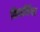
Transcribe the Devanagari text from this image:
किपलिंगर